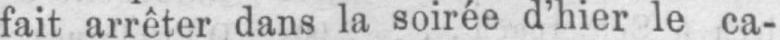
fait arrêter dans la soirée d’hier le ca-